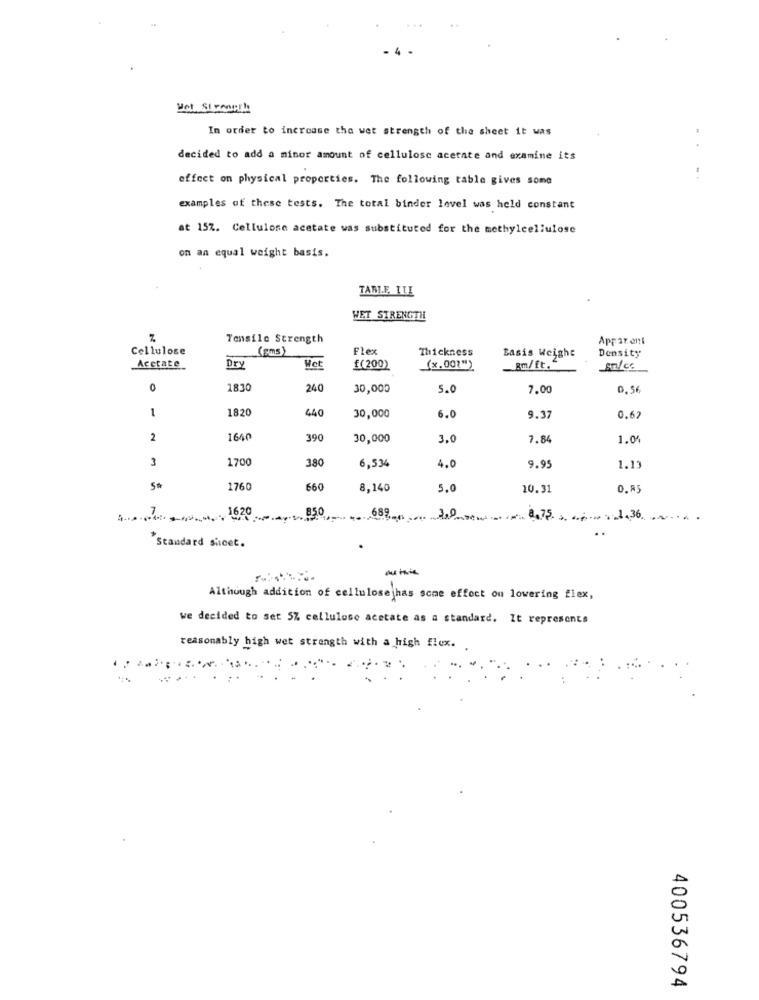
Het Strength
In order to increase the wet strength of the sheet it was
decided to add a minor amount of cellulose acetate and examine its
effect on physical properties. The following table gives some
examples of these tests. The total binder level was held constant
at 15%. Cellulose acetate was substituted for the methylcellulose
on an equal weight basis.
TABLE ILI
WET STRENGTH
Tensile Strength
Appar ent
Cellulose
(sms)
Flex
Thickness
Basis Weight
Density
Acetate
Dry
Met
f(200)
(x.00?")
Bm/ft."
0
1830
240
30,000
5.0
7.00
0.56
1
1820
440
30,000
6.0
9.37
0.62
2
1640
390
30,000
3.0
7.84
1.04
3
1700
380
6,534
4.0
9.95
1.13
5#
1760
660
8,140
5.0
20.31
0.85
409 7 8,7536
"Standard sicet.
Although addition of cellulose has some effect on lowering flex,
we decided to set 5% cellulose acetate as a standard. It represents
reasonably high wet strength with a high flex.
..
..
0
A
400536794